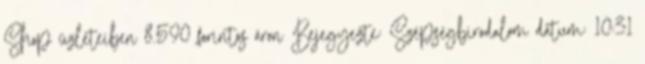
Shop üzleteiben 8.590 forintos áron Bejegyezte: Szépségbirodalom dátum: 10:31